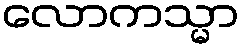
လောကသ္မာ